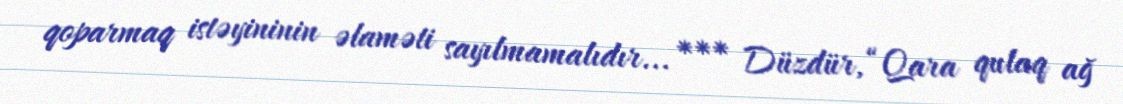
qoparmaq istəyininin əlaməti sayılmamalıdır... *** Düzdür, “Qara qulaq ağ